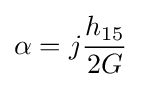
\alpha =j{\frac {h_{15}}{2G}}